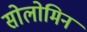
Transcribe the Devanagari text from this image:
सोलोमिन